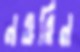
নওরিন